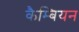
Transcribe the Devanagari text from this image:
कैम्बियन